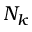
N _ { k }